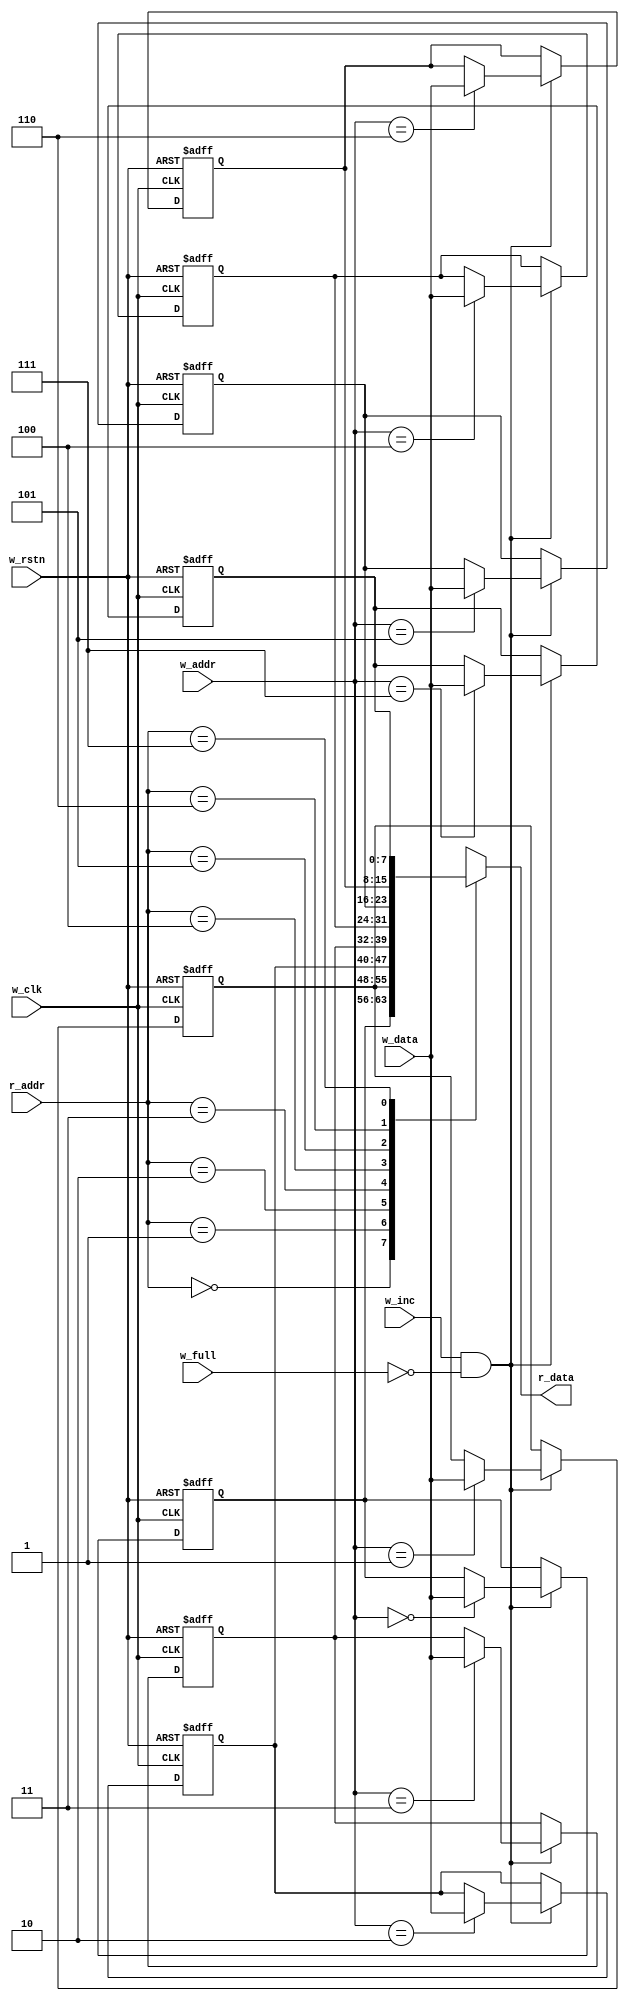

module fifo_mem #(
	parameter	DATA_WIDTH = 8,
	parameter	FIFO_DEPTH = 8,
	parameter   PTR_WIDTH = 4
	)

	(
	input	wire							w_clk,
	input	wire							w_rstn,
	input	wire							w_inc,
	input	wire							w_full,
	input   wire			[PTR_WIDTH-2:0]     w_addr,         
   	input   wire			[PTR_WIDTH-2:0]     r_addr,             
    	input   wire			[DATA_WIDTH-1:0]    w_data,             
    	output  wire		[DATA_WIDTH-1:0]    r_data              
	);

reg [FIFO_DEPTH-1:0] i ;

//FIFO Memory
reg [DATA_WIDTH-1:0] FIFO_MEM [FIFO_DEPTH-1:0] ;

//writing data
always @(posedge w_clk or negedge w_rstn) begin
	if (!w_rstn) begin
		// reset
		for(i=0;i<FIFO_DEPTH;i=i+1) begin
			FIFO_MEM[i]		<=		'b0;
		end
	end
	else if (w_inc	&	!w_full) begin
		FIFO_MEM[w_addr]	<=		w_data;
	end
end


//reading data
assign 	r_data 		=	FIFO_MEM[r_addr] ;


endmodule